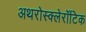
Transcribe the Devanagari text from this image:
अथरोस्क्लेरॉटिक